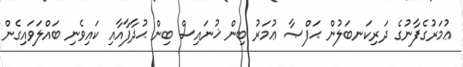
ޢުމަރުގެފާނުގެ ދަރިކަނބަލުން ޙަފްޞާ ޢުމަރު ބިން ޚުނައިސް ބިން ޙުޛާފާއާއި ކައިވެނި ބައްލަވައިގެން